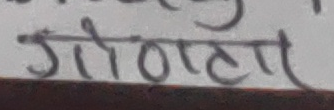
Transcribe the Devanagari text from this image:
गणतन्त्र